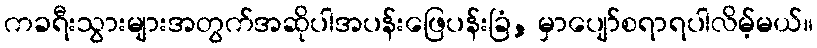
ကခရီးသွားများအတွက်အဆိုပါအပန်းဖြေပန်းခြံ, မှာပျော်စရာရပါလိမ့်မယ်။